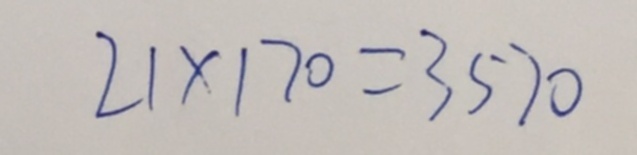
2 1 \times 1 7 0 = 3 5 7 0